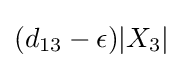
(d_{13}-\epsilon )|X_{3}|